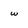
Character: w